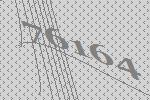
76164